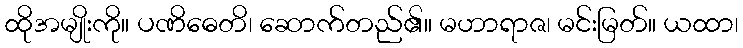
ထိုအမျိုးကို။ ပဏိဓေတိ၊ ဆောက်တည်၏။ မဟာရာဇ၊ မင်းမြတ်။ ယထာ၊